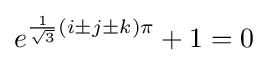
e^{{\frac {1}{\sqrt {3}}}(i\pm j\pm k)\pi }+1=0